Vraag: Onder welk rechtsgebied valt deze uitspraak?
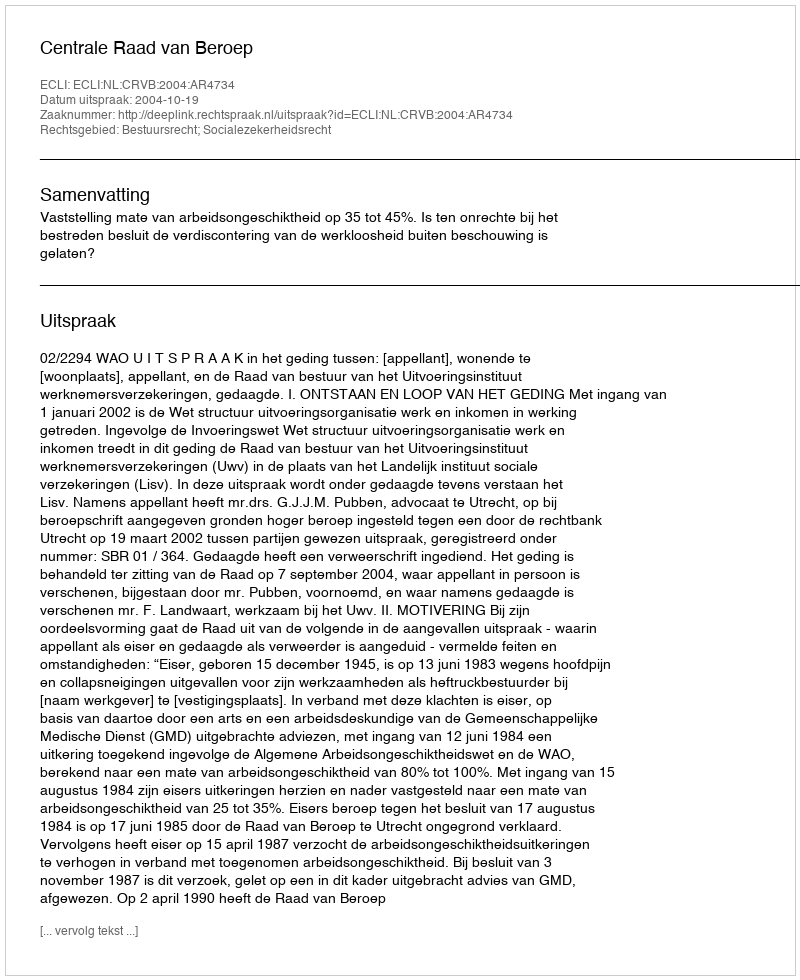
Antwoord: Bestuursrecht; Socialezekerheidsrecht